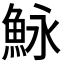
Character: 𩶙